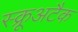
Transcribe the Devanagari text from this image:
स्क्रूअटैक